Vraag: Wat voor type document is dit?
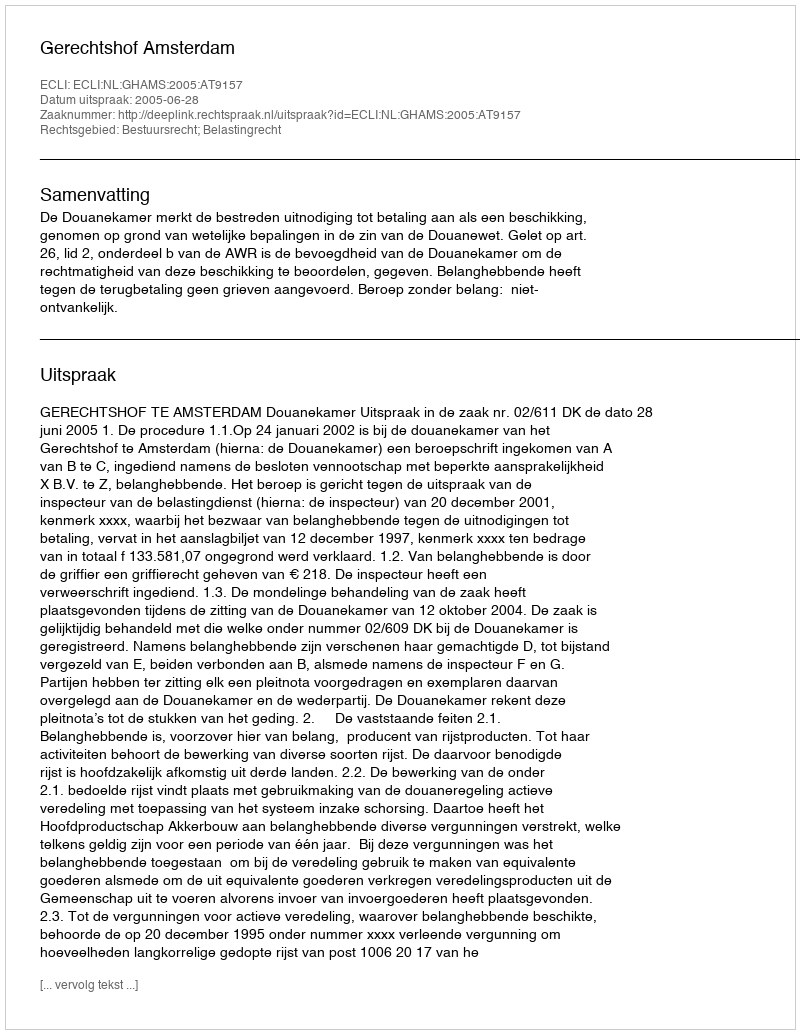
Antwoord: Uitspraak